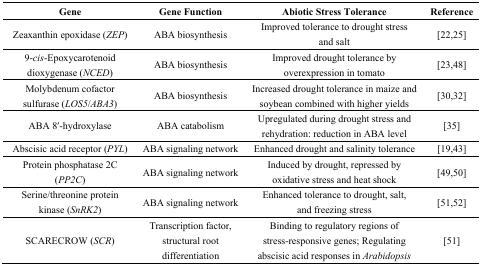
<table><thead><tr><td><b>Gene</b></td><td><b>Gene Function</b></td><td><b>Abiotic Stress Tolerance</b></td><td><b>Reference</b></td></tr></thead><tbody><tr><td>Zeaxanthin epoxidase (<i>ZEP</i>)</td><td>ABA biosynthesis</td><td>Improved tolerance to drought stress and salt</td><td>[22,25]</td></tr><tr><td>9-<i>cis</i>-Epoxycarotenoid dioxygenase (<i>NCED</i>)</td><td>ABA biosynthesis</td><td>Improved drought tolerance by overexpression in tomato</td><td>[23,48]</td></tr><tr><td>Molybdenum cofactor sulfurase (<i>LOS5</i>/<i>ABA3</i>)</td><td>ABA biosynthesis</td><td>Increased drought tolerance in maize and soybean combined with higher yields</td><td>[30,32]</td></tr><tr><td>ABA 8′-hydroxylase</td><td>ABA catabolism</td><td>Upregulated during drought stress and rehydration: reduction in ABA level</td><td>[35]</td></tr><tr><td>Abscisic acid receptor (<i>PYL</i>)</td><td>ABA signaling network</td><td>Enhanced drought and salinity tolerance</td><td>[19,43]</td></tr><tr><td>Protein phosphatase 2C (<i>PP2C</i>)</td><td>ABA signaling network</td><td>Induced by drought, repressed by oxidative stress and heat shock</td><td>[49,50]</td></tr><tr><td>Serine/threonine protein kinase (<i>SnRK2</i>)</td><td>ABA signaling network</td><td>Enhanced tolerance to drought, salt, and freezing stress</td><td>[51,52]</td></tr><tr><td>SCARECROW (<i>SCR</i>)</td><td>Transcription factor, structural root differentiation</td><td>Binding to regulatory regions of stress-responsive genes; Regulating abscisic acid responses in<i>Arabidopsis</i></td><td>[51]</td></tr></tbody></table>